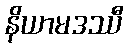
နိယာမဒဿီ